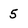
Character: 5